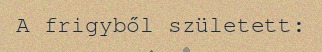
A frigyből született: